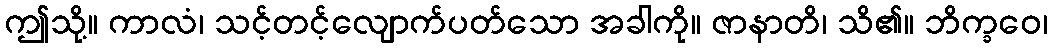
ဤသို့။ ကာလံ၊ သင့်တင့်လျောက်ပတ်သော အခါကို။ ဇာနာတိ၊ သိ၏။ ဘိက္ခဝေ၊